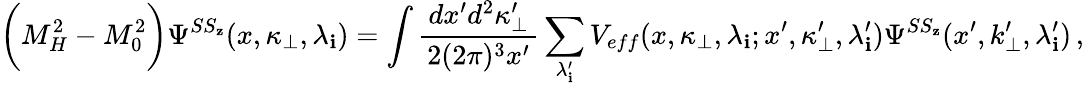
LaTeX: \biggl(M_{H}^{2}-M_{0}^{2}\biggr)\Psi^{SS_{\mathbf{z}}}(x,\kappa_{\bot},\lambda_{\mathbf{i}})=\int\frac{{\, dx^{\prime}d^{2}\kappa_{\bot}^{\prime}\, }}{{2(2\pi)^{3}x^{\prime}}}\sum_{\lambda_{\mathbf{i}}^{\prime}}V_{eff}(x,\kappa_{\bot},\lambda_{\mathbf{i}};x^{\prime},\kappa_{\bot}^{\prime},\lambda_{\mathbf{i}}^{\prime}){\Psi}^{SS_{\mathbf{z}}}(x^{\prime},k_{\bot}^{\prime},\lambda_{\mathbf{i}}^{\prime})\, ,